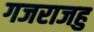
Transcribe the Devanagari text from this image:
गजराजहु